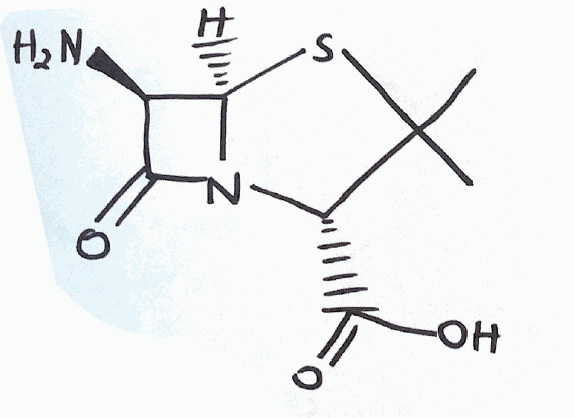
Simplified molecular-input line-entry system (SMILES) notation of the given molecule:
CC1([C@@H](N2[C@H](S1)[C@@H](C2=O)N)C(=O)O)C